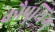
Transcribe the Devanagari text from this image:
कौपुथिंग